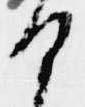
ひ